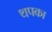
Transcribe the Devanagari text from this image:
थपका